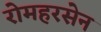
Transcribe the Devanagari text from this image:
रोमहरसेन